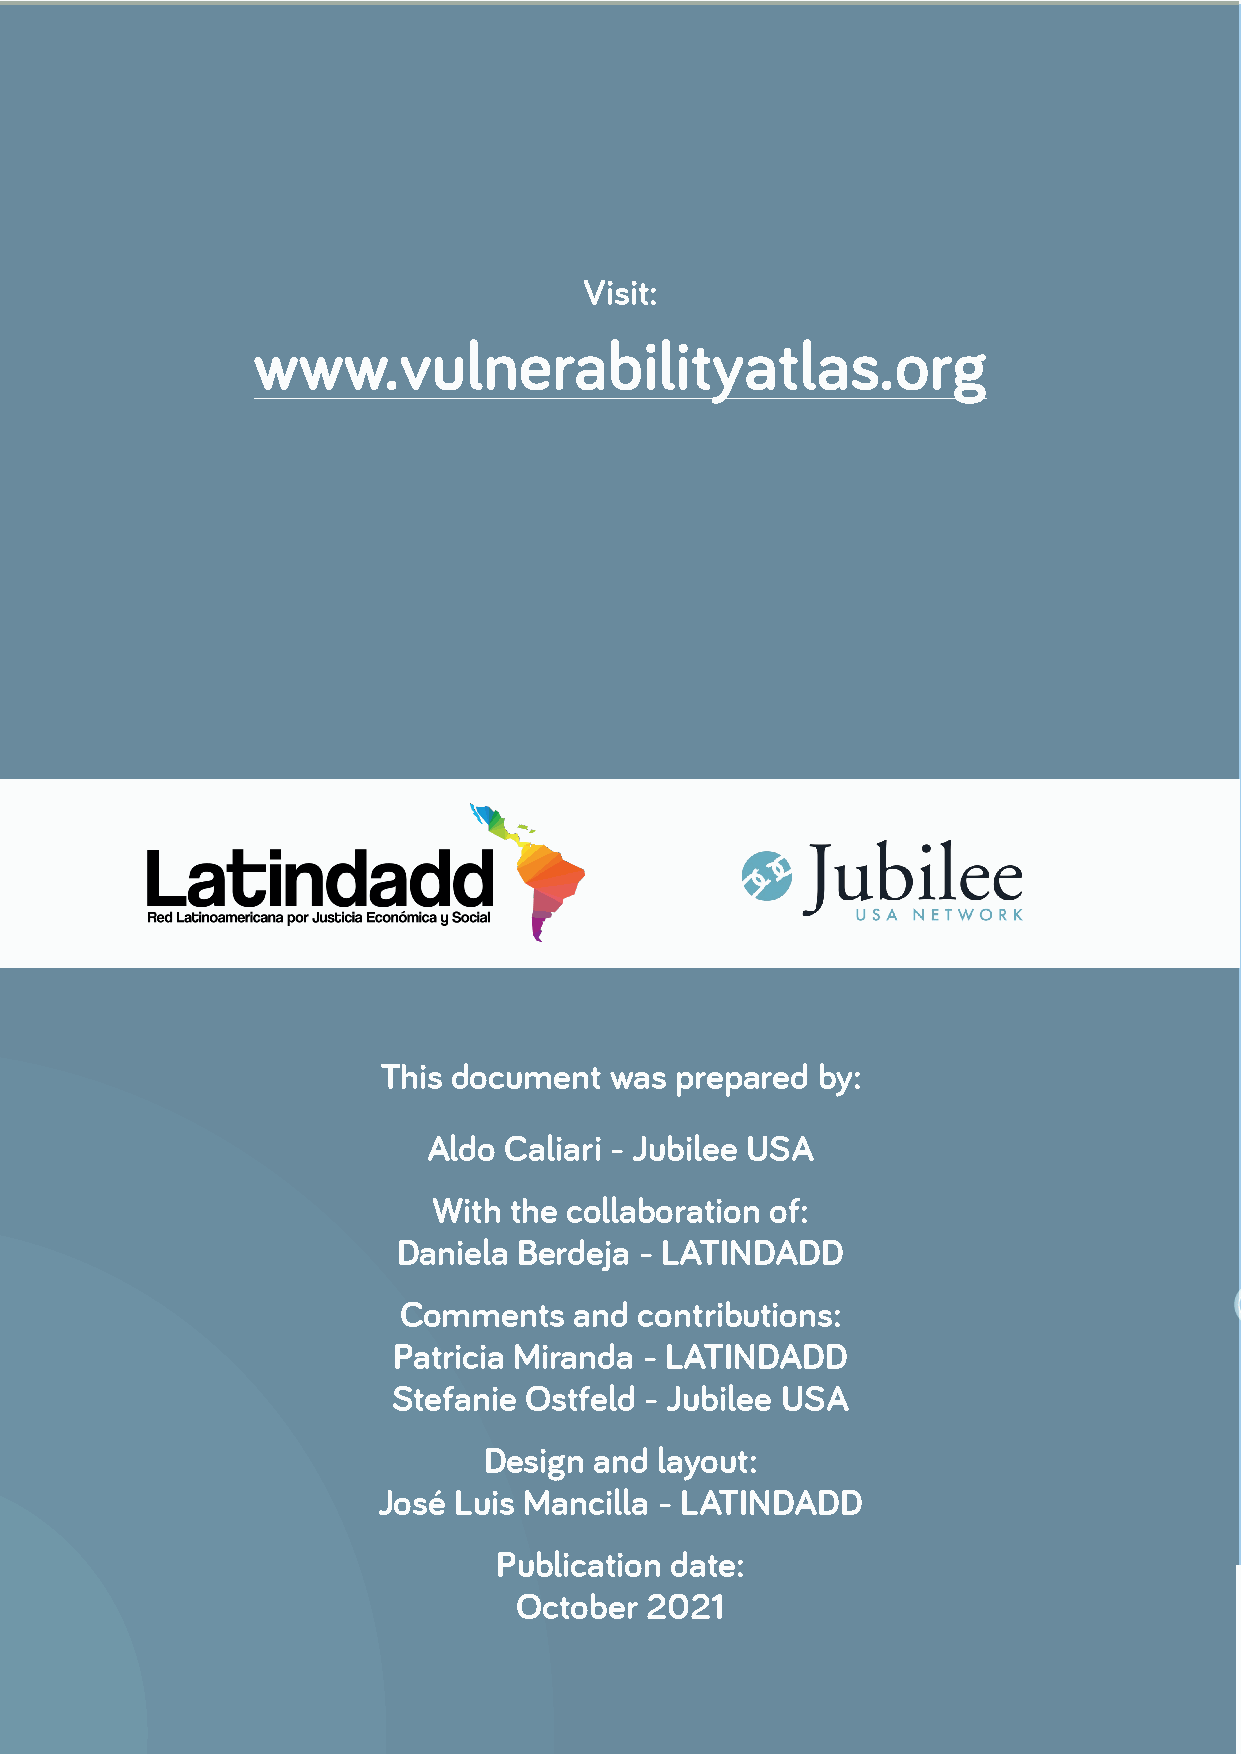
Visit:
 www.vulnerabilityatlas.org
 This document  was  prepared by:
 Aldo Caliari - Jubilee USA
 With the collaboration of:
 Daniela Berdeja - LATINDADD
 Comments    and contributions:
 Patricia Miranda - LATINDADD
 Stefanie Ostfeld - Jubilee USA
 Design and  layout:
 José Luis Mancilla - LATINDADD
 Publication date:
 October  2021